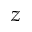
z